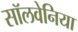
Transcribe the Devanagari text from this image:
सॉलवेनिया